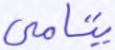
يتامى